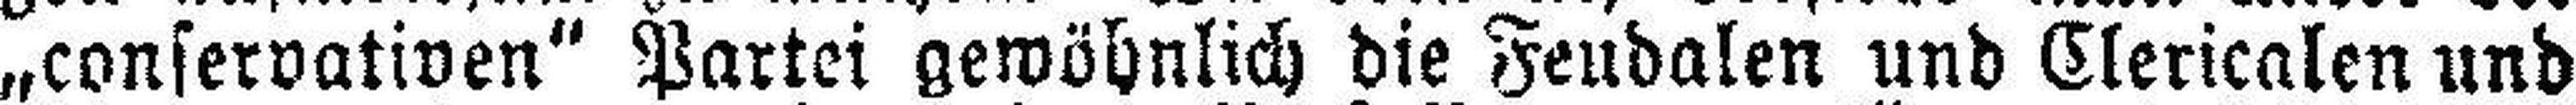
„conservativen“ Partei gewöhnlich die Feudalen und Clericalen und